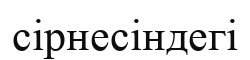
сірнесіндегі